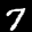
Label: 7